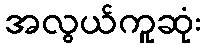
အလွယ်ကူဆုံး